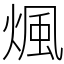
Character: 煈